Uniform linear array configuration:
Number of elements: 4
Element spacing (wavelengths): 1
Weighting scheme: hamming
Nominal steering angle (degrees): -45
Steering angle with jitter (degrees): -43.943
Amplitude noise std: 0.05
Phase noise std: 0.05

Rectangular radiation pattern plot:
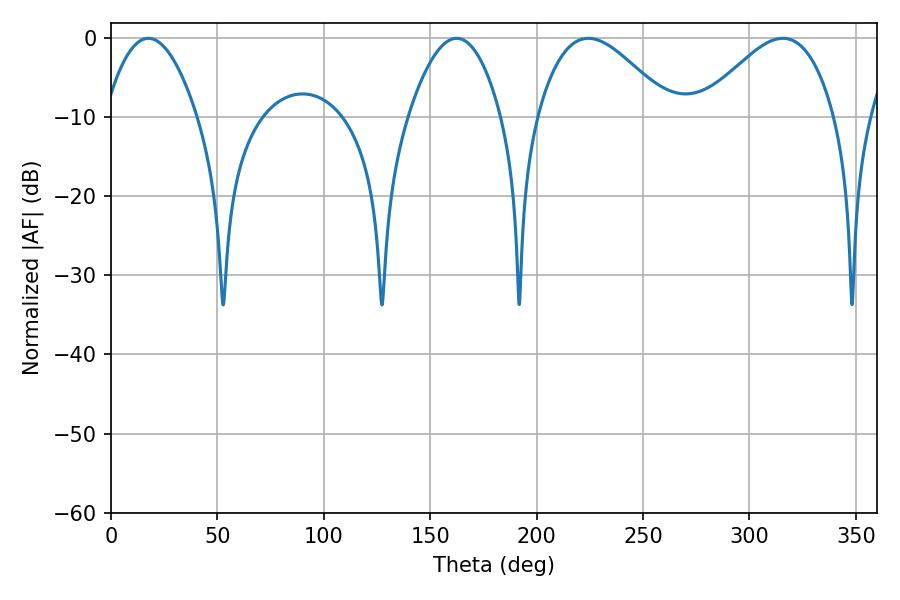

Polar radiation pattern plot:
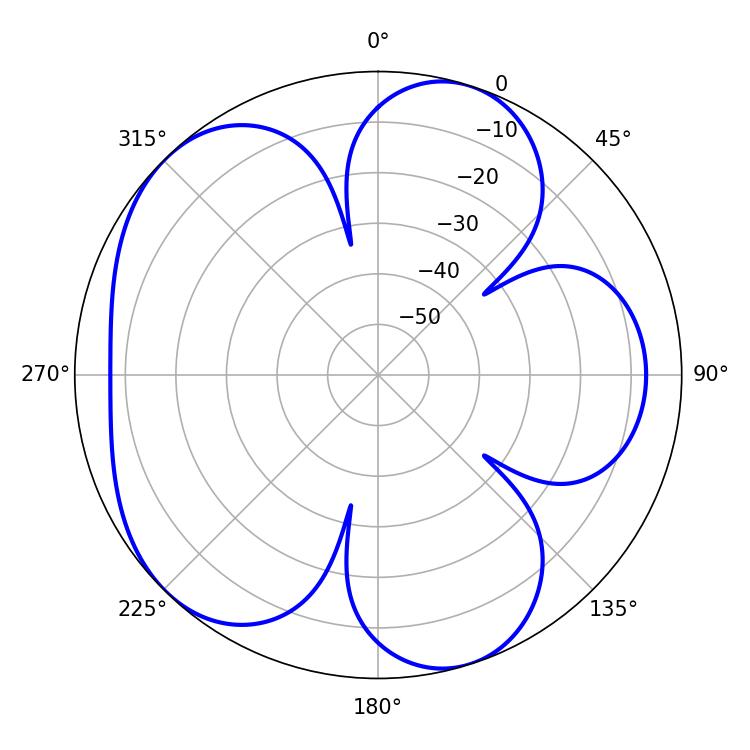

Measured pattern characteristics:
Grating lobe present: TRUE
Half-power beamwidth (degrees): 33.66
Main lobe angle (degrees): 224.28